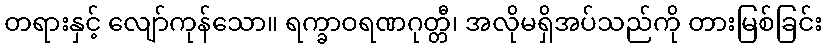
တရားနှင့် လျော်ကုန်သော။ ရက္ခာဝရဏဂုတ္တီ၊ အလိုမရှိအပ်သည်ကို တားမြစ်ခြင်း